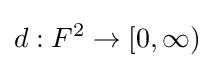
d:F^{2}\to [0,\infty )